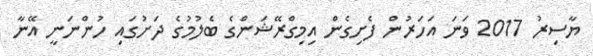
ޔާސިރު 2017 ވަނަ އަހަރުން ފެށިގެން އިމިގްރޭޝަންގެ ބެލުމުގެ ދަށުގައި ހުންނަނީ އޭނާ